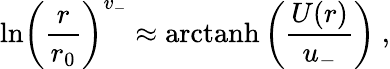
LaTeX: \mathrm{ln}\left({\frac{r}{r_{0}}}\right)^{v_{-}}\approx\mathrm{arctanh}\left({\frac{U(r)}{u_{-}}}\right)~,